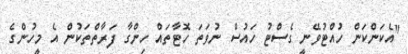
"އެކަންކަން ހުއްޓުވޭނީ ގެސްޓު ހައުސް ނުވަތަ ހޮޓާތައް ހިންގާ ފަރާތްތަކުން އެ މީހުންގެ